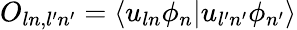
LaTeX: O_{ln,l^{\prime}n^{\prime}}=\langle u_{ln}\phi_{n}|u_{l^{\prime}n^{\prime}}\phi_{n^{\prime}}\rangle